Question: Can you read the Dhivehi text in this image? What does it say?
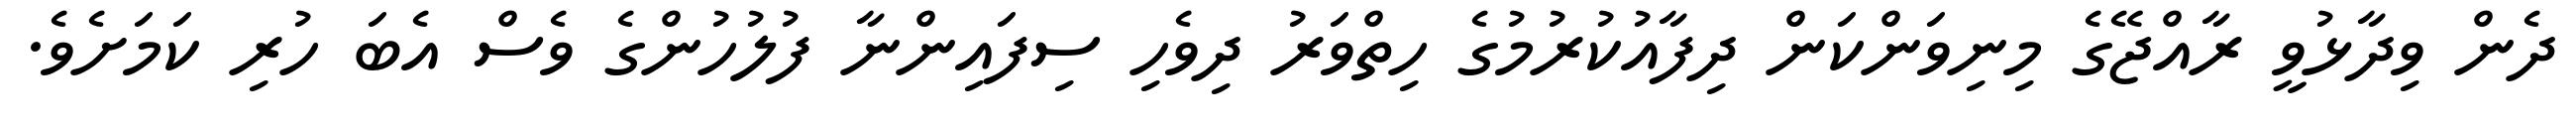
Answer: ދެން ވިދާޅުވީ ރާއްޖޭގެ މިނިވަންކަން ދިފާއުކުރުމުގެ ހިތްވަރު ދިވެހި ސިފައިންނާ ފުލުހުންގެ ވެސް އެބަ ހުރި ކަމަށެވެ.